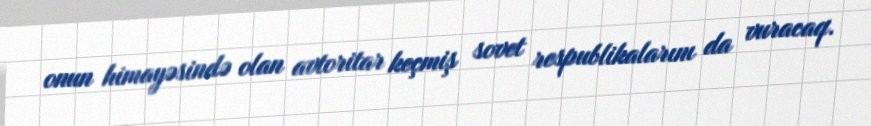
onun himayəsində olan avtoritar keçmiş sovet respublikalarını da vuracaq.